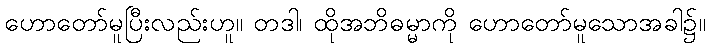
ဟောတော်မူပြီးလည်းဟူ။ တဒါ၊ ထိုအဘိဓမ္မာကို ဟောတော်မူသောအခါ၌။